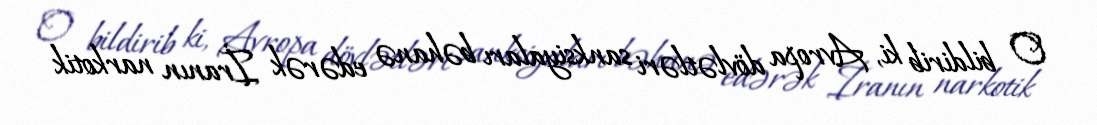
O bildirib ki, Avropa dövlətləri sanksiyaları bəhanə edərək İranın narkotik